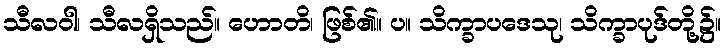
သီလဝါ၊ သီလရှိသည်။ ဟောတိ၊ ဖြစ်၏။ ပ။ သိက္ခာပဒေသု၊ သိက္ခာပုဒ်တို့၌။